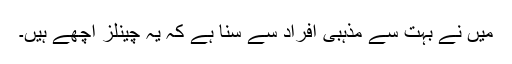
میں نے بہت سے مذہبی افراد سے سنا ہے کہ یہ چینلز اچھے ہیں۔